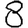
Digit: 8